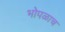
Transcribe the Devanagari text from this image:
भोपळाच